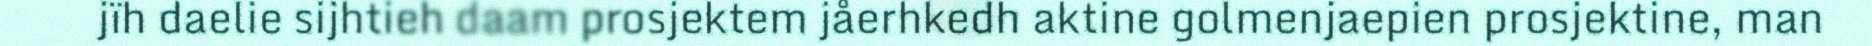
jïh daelie sijhtieh daam prosjektem jåerhkedh aktine golmenjaepien prosjektine, man